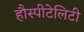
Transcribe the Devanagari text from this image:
हौस्पीटेलिटी